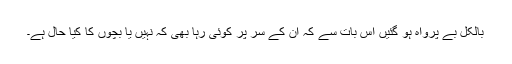
بالکل بے پرواہ ہو گئیں اس بات سے کہ ان کے سر پر کوئی رہا بھی کہ نہیں یا بچوں کا کیا حال ہے۔